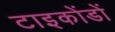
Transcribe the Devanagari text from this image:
टाइकोंडों